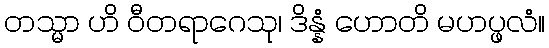
တသ္မာ ဟိ ဝီတရာဂေသု၊ ဒိန္နံ ဟောတိ မဟပ္ဖလံ။